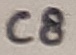
Text: C8